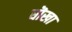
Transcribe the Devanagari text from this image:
धॊखा